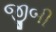
જીબી